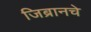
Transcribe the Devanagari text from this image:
जिब्रानचे